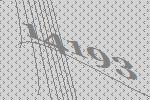
14193